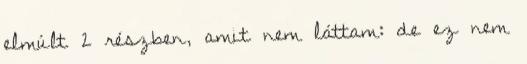
elmúlt 2 részben, amit nem láttam: de ez nem